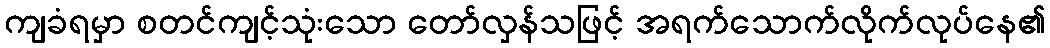
ကျခံရမှာ စတင်ကျင့်သုံးသော တော်လှန်သဖြင့် အရက်သောက်လိုက်လုပ်နေ၏